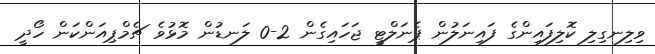
ވިލިނގިލި ކޮލިފައިންގެ ފައިނަލުުން ޕެނަލްޓީ ޖަހައިގެން 2-0 ލަނޑުން މޮޅުވެ ޗެމްޕިއަންކަން ހޯދީ